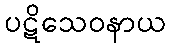
ပဋိသေဝနာယ